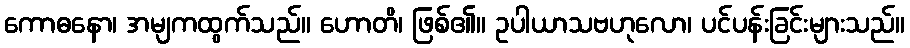
ကောဓနော၊ အမျကထွက်သည်။ ဟောတိ၊ ဖြစ်၏။ ဥပါယာသဗဟုလော၊ ပင်ပန်းခြင်းများသည်။